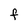
Character: F